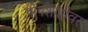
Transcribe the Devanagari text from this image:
पोपशाहीवर